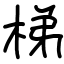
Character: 梯